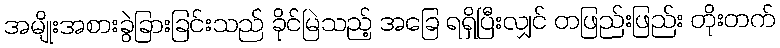
အမျိုးအစားခွဲခြားခြင်းသည် ခိုင်မြဲသည့် အခြေ ရရှိပြီးလျှင် တဖြည်းဖြည်း တိုးတက်